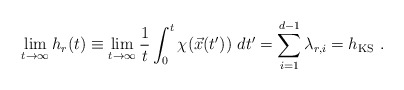
\begin{align*}\lim_{t\rightarrow \infty} h_r(t) \equiv\lim_{t\rightarrow \infty} {1\over t} \int_0^t \chi(\vec x(t'))\ dt'=\sum_{i=1}^{d-1}\lambda_{r,i} = h_\mathrm{KS}\ .\end{align*}